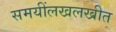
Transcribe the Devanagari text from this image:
समयींलखलखीत